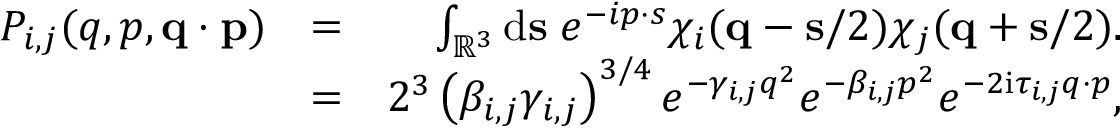
\begin{array} { r l r } { P _ { i , j } ( q , p , \ensuremath { \mathbf { q } } \cdot \ensuremath { \mathbf { p } } ) } & { = } & { \int _ { \mathbb { R } ^ { 3 } } \ensuremath { \mathrm { d } } \ensuremath { \mathbf { s } } \; e ^ { - i \b { p } \cdot \b { s } } \chi _ { i } ( \ensuremath { \mathbf { q } } - \ensuremath { \mathbf { s } } / 2 ) \chi _ { j } ( \ensuremath { \mathbf { q } } + \ensuremath { \mathbf { s } } / 2 ) . } \\ & { = } & { 2 ^ { 3 } \left( \beta _ { i , j } \gamma _ { i , j } \right) ^ { 3 / 4 } e ^ { - \gamma _ { i , j } q ^ { 2 } } e ^ { - \beta _ { i , j } p ^ { 2 } } e ^ { - 2 \ensuremath { \mathrm { i } } \tau _ { i , j } \b { q } \cdot \b { p } } , } \end{array}